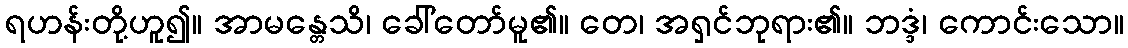
ရဟန်းတို့ဟူ၍။ အာမန္တေသိ၊ ခေါ်တော်မူ၏။ တေ၊ အရှင်ဘုရား၏။ ဘဒ္ဒံ၊ ကောင်းသော။